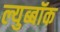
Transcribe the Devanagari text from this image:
ल्युब्बॉक